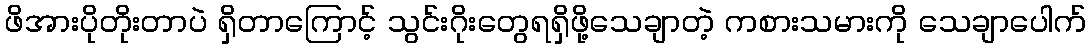
ဖိအားပိုတိုးတာပဲ ရှိတာကြောင့် သွင်းဂိုးတွေရရှိဖို့သေချာတဲ့ ကစားသမားကို သေချာပေါက်